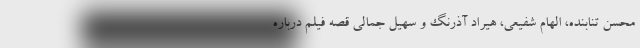
محسن تنابنده، الهام شفیعی، هیراد آذرنگ و سهیل جمالی قصه فیلم درباره